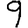
Digit: 9